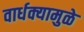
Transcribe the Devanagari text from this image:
वार्धक्यामुळे